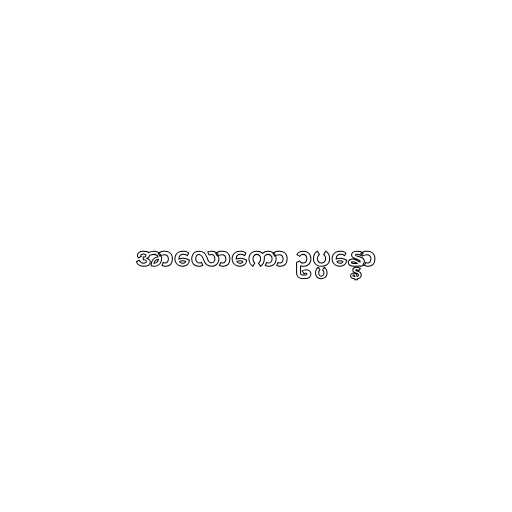
အာလောကော ဥပ္ပန္နော